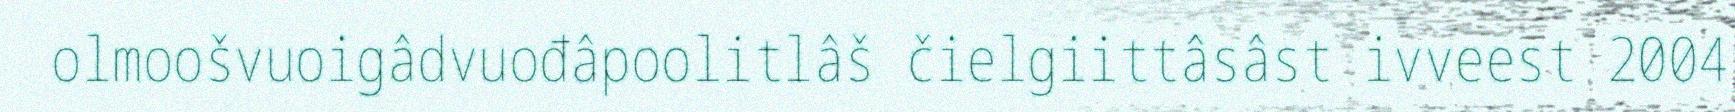
olmoošvuoigâdvuođâpoolitlâš čielgiittâsâst ivveest 2004